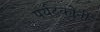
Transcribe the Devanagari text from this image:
पर्यटकोनी